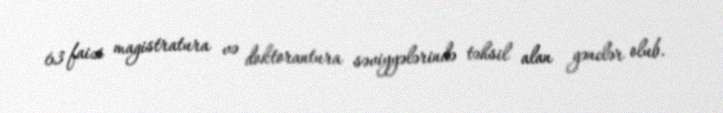
63 faizi magistratura və doktorantura səviyyələrində təhsil alan gənclər olub.